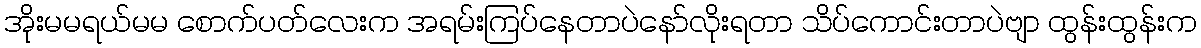
အိုးမမရယ်မမ စောက်ပတ်လေးက အရမ်းကြပ်နေတာပဲနော်လိုးရတာ သိပ်ကောင်းတာပဲဗျာ ထွန်းထွန်းက